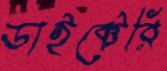
ডাইক্টেরি